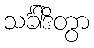
သင်္ခါဒိတွာ